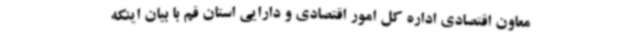
معاون اقتصادی اداره کل امور اقتصادی و دارایی استان قم با بیان اینکه